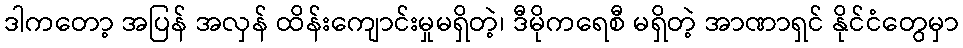
ဒါကတော့ အပြန် အလှန် ထိန်းကျောင်းမှုမရှိတဲ့၊ ဒီမိုကရေစီ မရှိတဲ့ အာဏာရှင် နိုင်ငံတွေမှာ